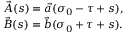
\begin{array} { l } { { \vec { A } ( s ) = \vec { a } ( \sigma _ { 0 } - \tau + s ) , } } \\ { { \vec { B } ( s ) = \vec { b } ( \sigma _ { 0 } + \tau + s ) . } } \end{array}